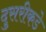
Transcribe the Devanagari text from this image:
दु्सरीकडे